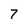
Character: 7